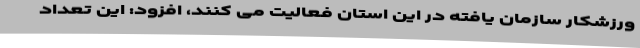
ورزشکار سازمان یافته در این استان فعالیت می کنند، افزود: این تعداد